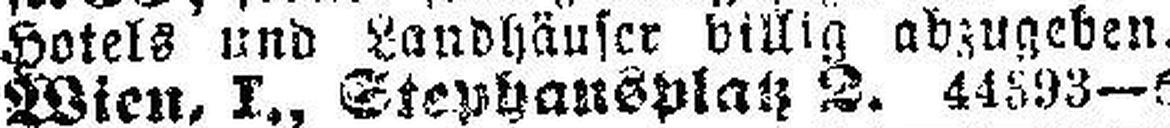
Hotels und Landhäuser billig abzugeben.